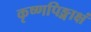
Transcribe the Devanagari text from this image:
कृष्णपिङ्गाक्षं